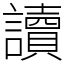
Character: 讀